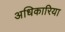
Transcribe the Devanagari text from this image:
अधिकारिया